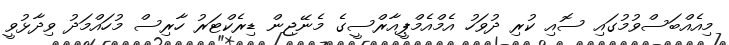
މިއެއްބަސްވުމުގައި ސޮއި ކުރި ދުވަހު އެމްއެމްޕީއާރްސީގެ މެނޭޖިން ޑިރެކްޓަރު ހާރިސް މުހައްމަދު ވިދާޅުވީ